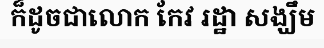
ក៏ដូចជាលោក កែវ រដ្ឋា សង្ឃឹម